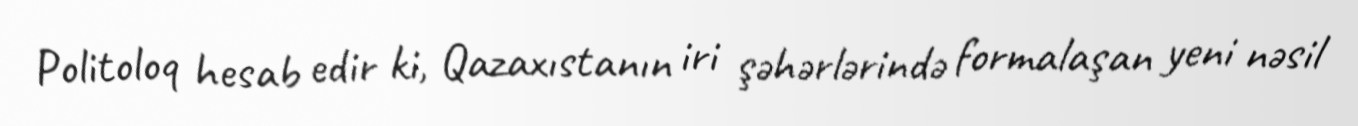
Politoloq hesab edir ki, Qazaxıstanın iri şəhərlərində formalaşan yeni nəsil